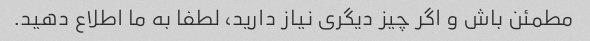
مطمئن باش و اگر چیز دیگری نیاز دارید، لطفا به ما اطلاع دهید.